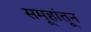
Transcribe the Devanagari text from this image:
समूहांतून